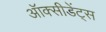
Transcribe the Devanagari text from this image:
ऑक्सीडेंट्स